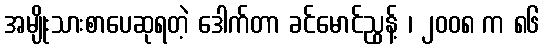
အမျိုးသားစာပေဆုရတဲ့ ဒေါက်တာ ခင်မောင်ညွန့် ၊ ၂၀၀၈ က ၈၆